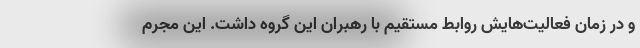
و در زمان فعالیت‌هایش روابط مستقیم با رهبران این گروه داشت. این مجرم